Civil Veterinary Dept. Assam report 1911-1927 - 1911-1927
Year: 1911
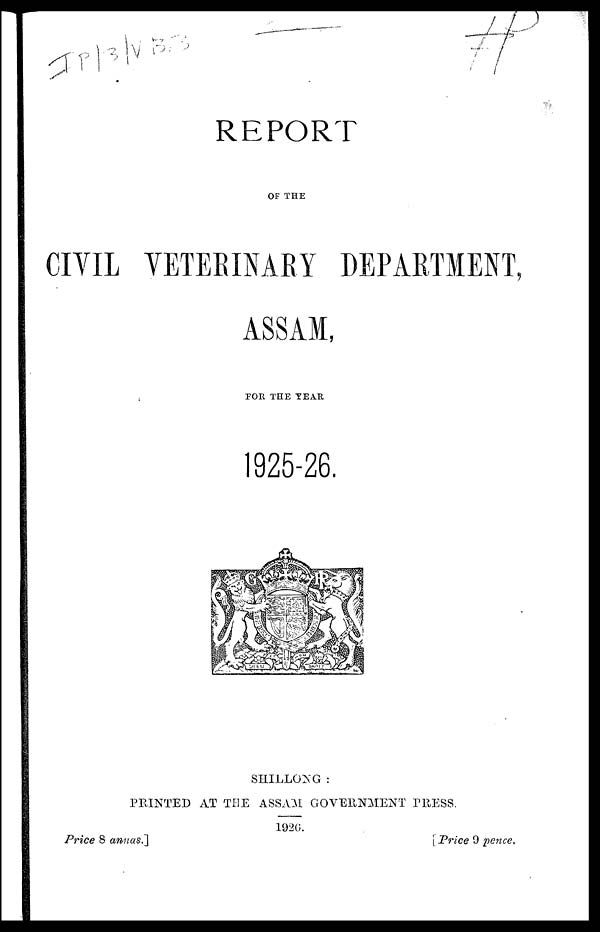
REPORT
OF THE
CIVIL VETERINARY DEPARTMENT,
ASSAM,
FOR THE TEAR
1925-26.
SHILLONG :
PRINTED AT THE ASSAM GOVERNMENT PRESS.
1920.
Price 8 annas.]
[Price 9 pence.